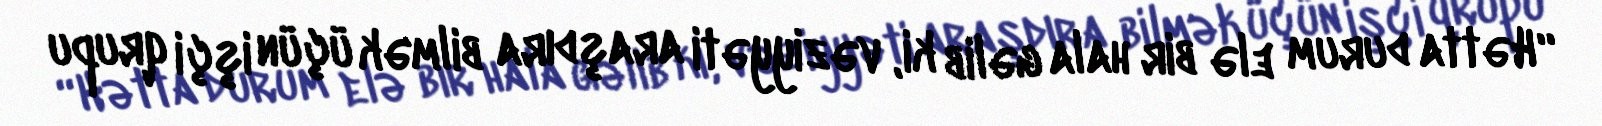
“Hətta durum elə bir hala gəlib ki, vəziyyəti araşdıra bilmək üçün işçi qrupu